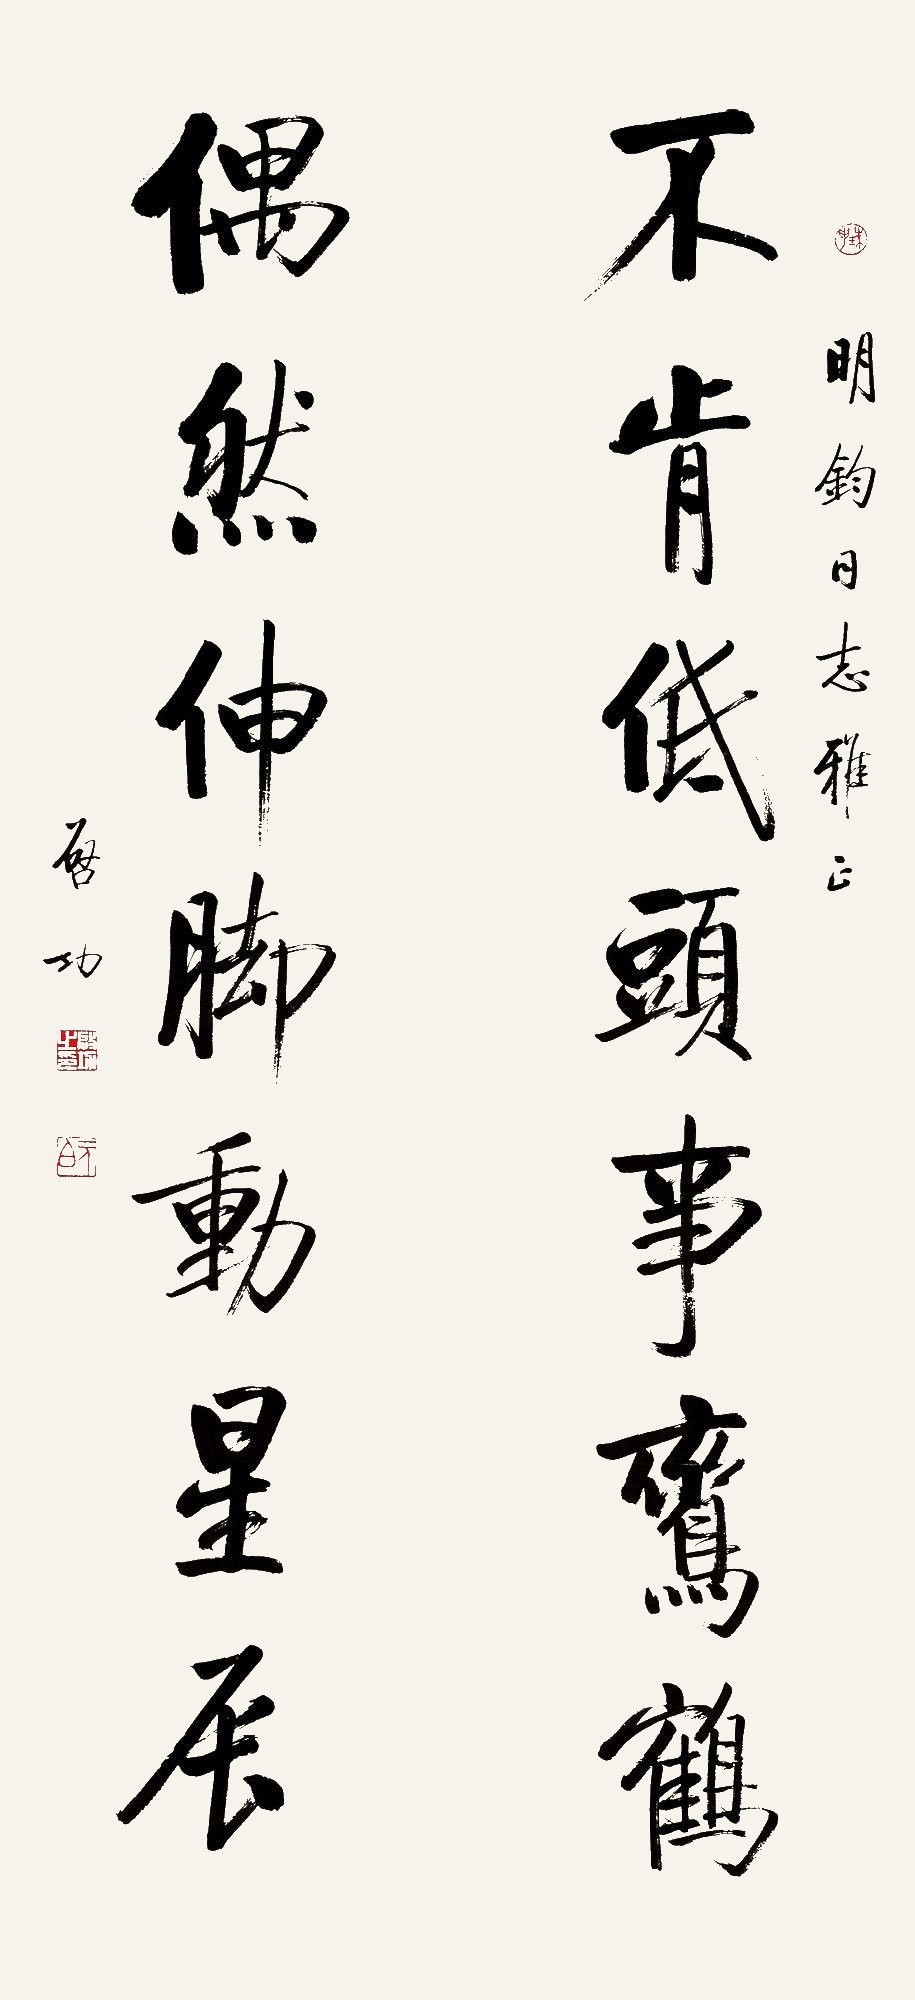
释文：不肯低头事鸾鹤，偶然伸脚动星辰。明钧同志雅正，启功。